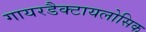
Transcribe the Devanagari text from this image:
गायरडैक्टायलोसिक